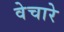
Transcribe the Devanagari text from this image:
वेचारे